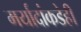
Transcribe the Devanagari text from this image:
मर्यादांकडेही